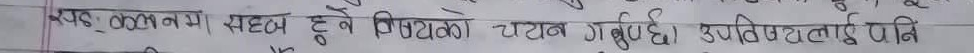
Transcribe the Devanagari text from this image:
उपयुक्त कदम सहज हुने विषयको चयन गर्नुहोस्। उपयुक्तलाई पनि